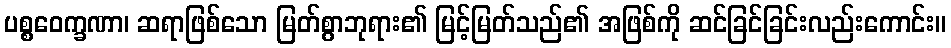
ပစ္စဝေက္ခဏာ၊ ဆရာဖြစ်သော မြတ်စွာဘုရား၏ မြင့်မြတ်သည်၏ အဖြစ်ကို ဆင်ခြင်ခြင်းလည်းကောင်း။